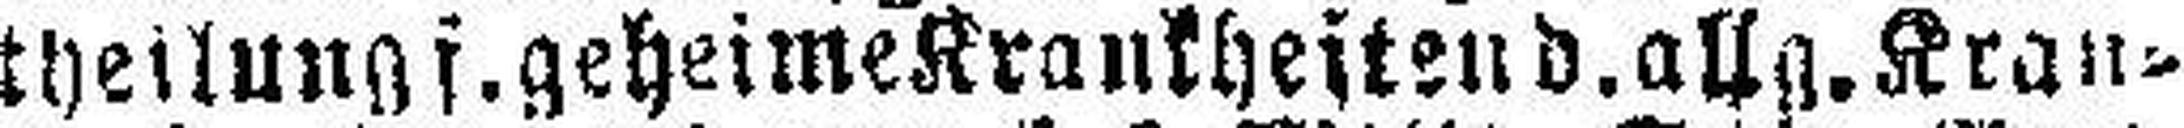
theilung f. geheime Krankheiten d. allg. Kran¬